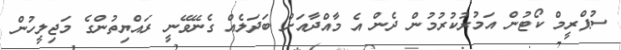
ސުޕްރީމް ކޯޓުން އަމުރުކުރުމުން ދެން އެ މާއްދާއަށް ބަދަލެއް ގެނޭވޭނީ ރައްޔިތުންގެ މަޖިލީހުން